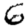
Digit: 6